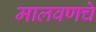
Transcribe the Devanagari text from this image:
मालवणचे